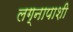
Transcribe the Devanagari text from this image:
लग्नापाशी